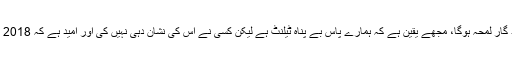
عالمی شہرت یافتہ باکسرکا کہنا تھا کہ یہ یاد گار لمحہ ہوگا، مجھے یقین ہے کہ ہمارے پاس بے پناہ ٹیلنٹ ہے لیکن کسی نے اس کی نشان دہی نہیں کی اور امید ہے کہ 2018 پاکستانی باکسرز کے لیے ایک بڑا سال ہوگا۔